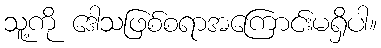
သူ့ကို ဒေါသဖြစ်စရာအကြောင်းမရှိပါ။